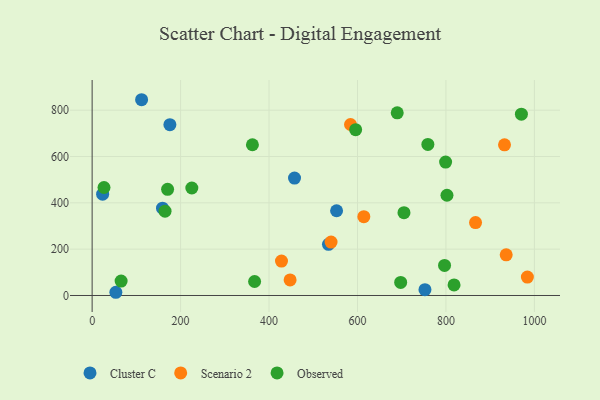
{"axis": {"x": "Distance", "y": "Exam Score"}, "legend": ["Cluster C", "Observed", "Scenario 2"], "data": [{"x": "552.7", "y": 365.9, "type": "Cluster C"}, {"x": "111.8", "y": 845.2, "type": "Cluster C"}, {"x": "534.4", "y": 220.7, "type": "Cluster C"}, {"x": "53.6", "y": 13.9, "type": "Cluster C"}, {"x": "752.5", "y": 25.0, "type": "Cluster C"}, {"x": "457.6", "y": 506.9, "type": "Cluster C"}, {"x": "175.8", "y": 737.3, "type": "Cluster C"}, {"x": "159.1", "y": 376.9, "type": "Cluster C"}, {"x": "23.7", "y": 437.3, "type": "Cluster C"}, {"x": "936.2", "y": 175.4, "type": "Scenario 2"}, {"x": "984.1", "y": 79.6, "type": "Scenario 2"}, {"x": "584.2", "y": 738.3, "type": "Scenario 2"}, {"x": "447.6", "y": 67.3, "type": "Scenario 2"}, {"x": "428.1", "y": 148.8, "type": "Scenario 2"}, {"x": "866.9", "y": 314.8, "type": "Scenario 2"}, {"x": "932.4", "y": 650.3, "type": "Scenario 2"}, {"x": "540.2", "y": 230.8, "type": "Scenario 2"}, {"x": "614.3", "y": 340.4, "type": "Scenario 2"}, {"x": "818.3", "y": 45.6, "type": "Observed"}, {"x": "802.3", "y": 432.8, "type": "Observed"}, {"x": "689.8", "y": 788.5, "type": "Observed"}, {"x": "970.6", "y": 782.9, "type": "Observed"}, {"x": "170.6", "y": 458.3, "type": "Observed"}, {"x": "705.1", "y": 357.5, "type": "Observed"}, {"x": "65.5", "y": 62.1, "type": "Observed"}, {"x": "225.4", "y": 464.1, "type": "Observed"}, {"x": "595.8", "y": 715.8, "type": "Observed"}, {"x": "697.6", "y": 56.6, "type": "Observed"}, {"x": "759.1", "y": 652.4, "type": "Observed"}, {"x": "799.2", "y": 575.9, "type": "Observed"}, {"x": "367.3", "y": 60.5, "type": "Observed"}, {"x": "796.8", "y": 129.8, "type": "Observed"}, {"x": "362.4", "y": 650.9, "type": "Observed"}, {"x": "26.8", "y": 466.2, "type": "Observed"}, {"x": "164.8", "y": 364.1, "type": "Observed"}]}